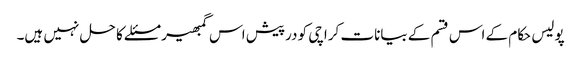
پولیس حکام کے اس قسم کے بیانات کراچی کو درپیش اس گمبھیر مسئلے کا حل نہیں ہیں۔